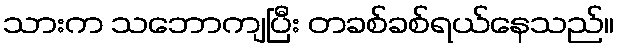
သားက သဘောကျပြီး တခစ်ခစ်ရယ်နေသည်။